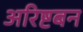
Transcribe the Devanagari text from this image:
अरिष्टबन